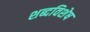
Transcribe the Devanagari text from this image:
शब्दविशेष